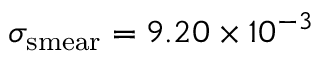
\sigma _ { \mathrm { s m e a r } } = 9 . 2 0 \times 1 0 ^ { - 3 }